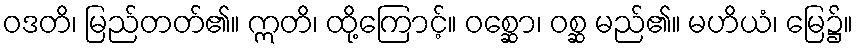
ဝဒတိ၊ မြည်တတ်၏။ ဣတိ၊ ထို့ကြောင့်။ ဝစ္ဆော၊ ဝစ္ဆ မည်၏။ မဟိယံ၊ မြေ၌။